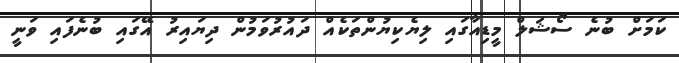
ކަމަށް ބުނެ ސޯޝަލް މީޑިއާގައި ލިޔެކިޔުންތަކެއް ދައުރުވަމުން ދިޔައިރު އޭގައި ބުނެފައި ވަނީ